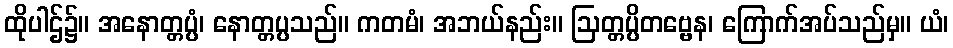
ထိုပါဌ်၌။ အနောတ္တပ္ပံ၊ နောတ္တပ္ပသည်။ ကတမံ၊ အဘယ်နည်း။ ဩတ္တပ္ပိတဗ္ဗေန၊ ကြောက်အပ်သည်မှ။ ယံ၊